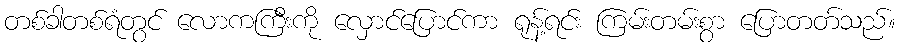
တစ်ခါတစ်ရံတွင် လောကကြီးကို လှောင်ပြောင်ကာ ရုန့်ရင်း ကြမ်းတမ်းစွာ ပြောတတ်သည်။